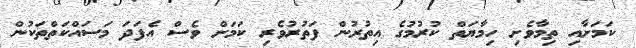
ކަމަށާއި ތިމާވެށި ހިމާޔަތް ކުރުމުގެ އިތުރުން ފަތުރުވެރި ކަމަށް ވެސް އެފަދަ މަސައްކަތްތަކުން